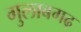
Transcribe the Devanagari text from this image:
गुलाबगढ़